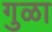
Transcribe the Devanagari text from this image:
गुळा